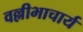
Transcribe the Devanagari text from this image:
वल्लीभाचार्य